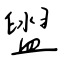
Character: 盥